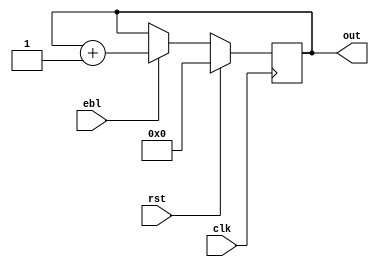

module counter(clk, rst, ebl, out);
  parameter integer bus_width = 4;
  input clk, rst, ebl;
  output [bus_width - 1: 0] out;
  wire clk, rst, ebl;
  reg[bus_width - 1:0] out;

  initial
    begin
      out = 0;
    end

  always @(posedge clk)
    begin
      if(rst == 1'b1)
        out <= 0;
      else 
      if(ebl == 1'b1)
        begin
          out++;
          //out <= out + 1;
        end           
    end

endmodule //counter